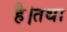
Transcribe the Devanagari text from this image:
है।तथा